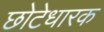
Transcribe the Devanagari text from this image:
छोटेधारक